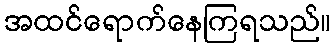
အထင်ရောက်နေကြရသည်။